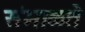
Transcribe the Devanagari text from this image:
संभाळते